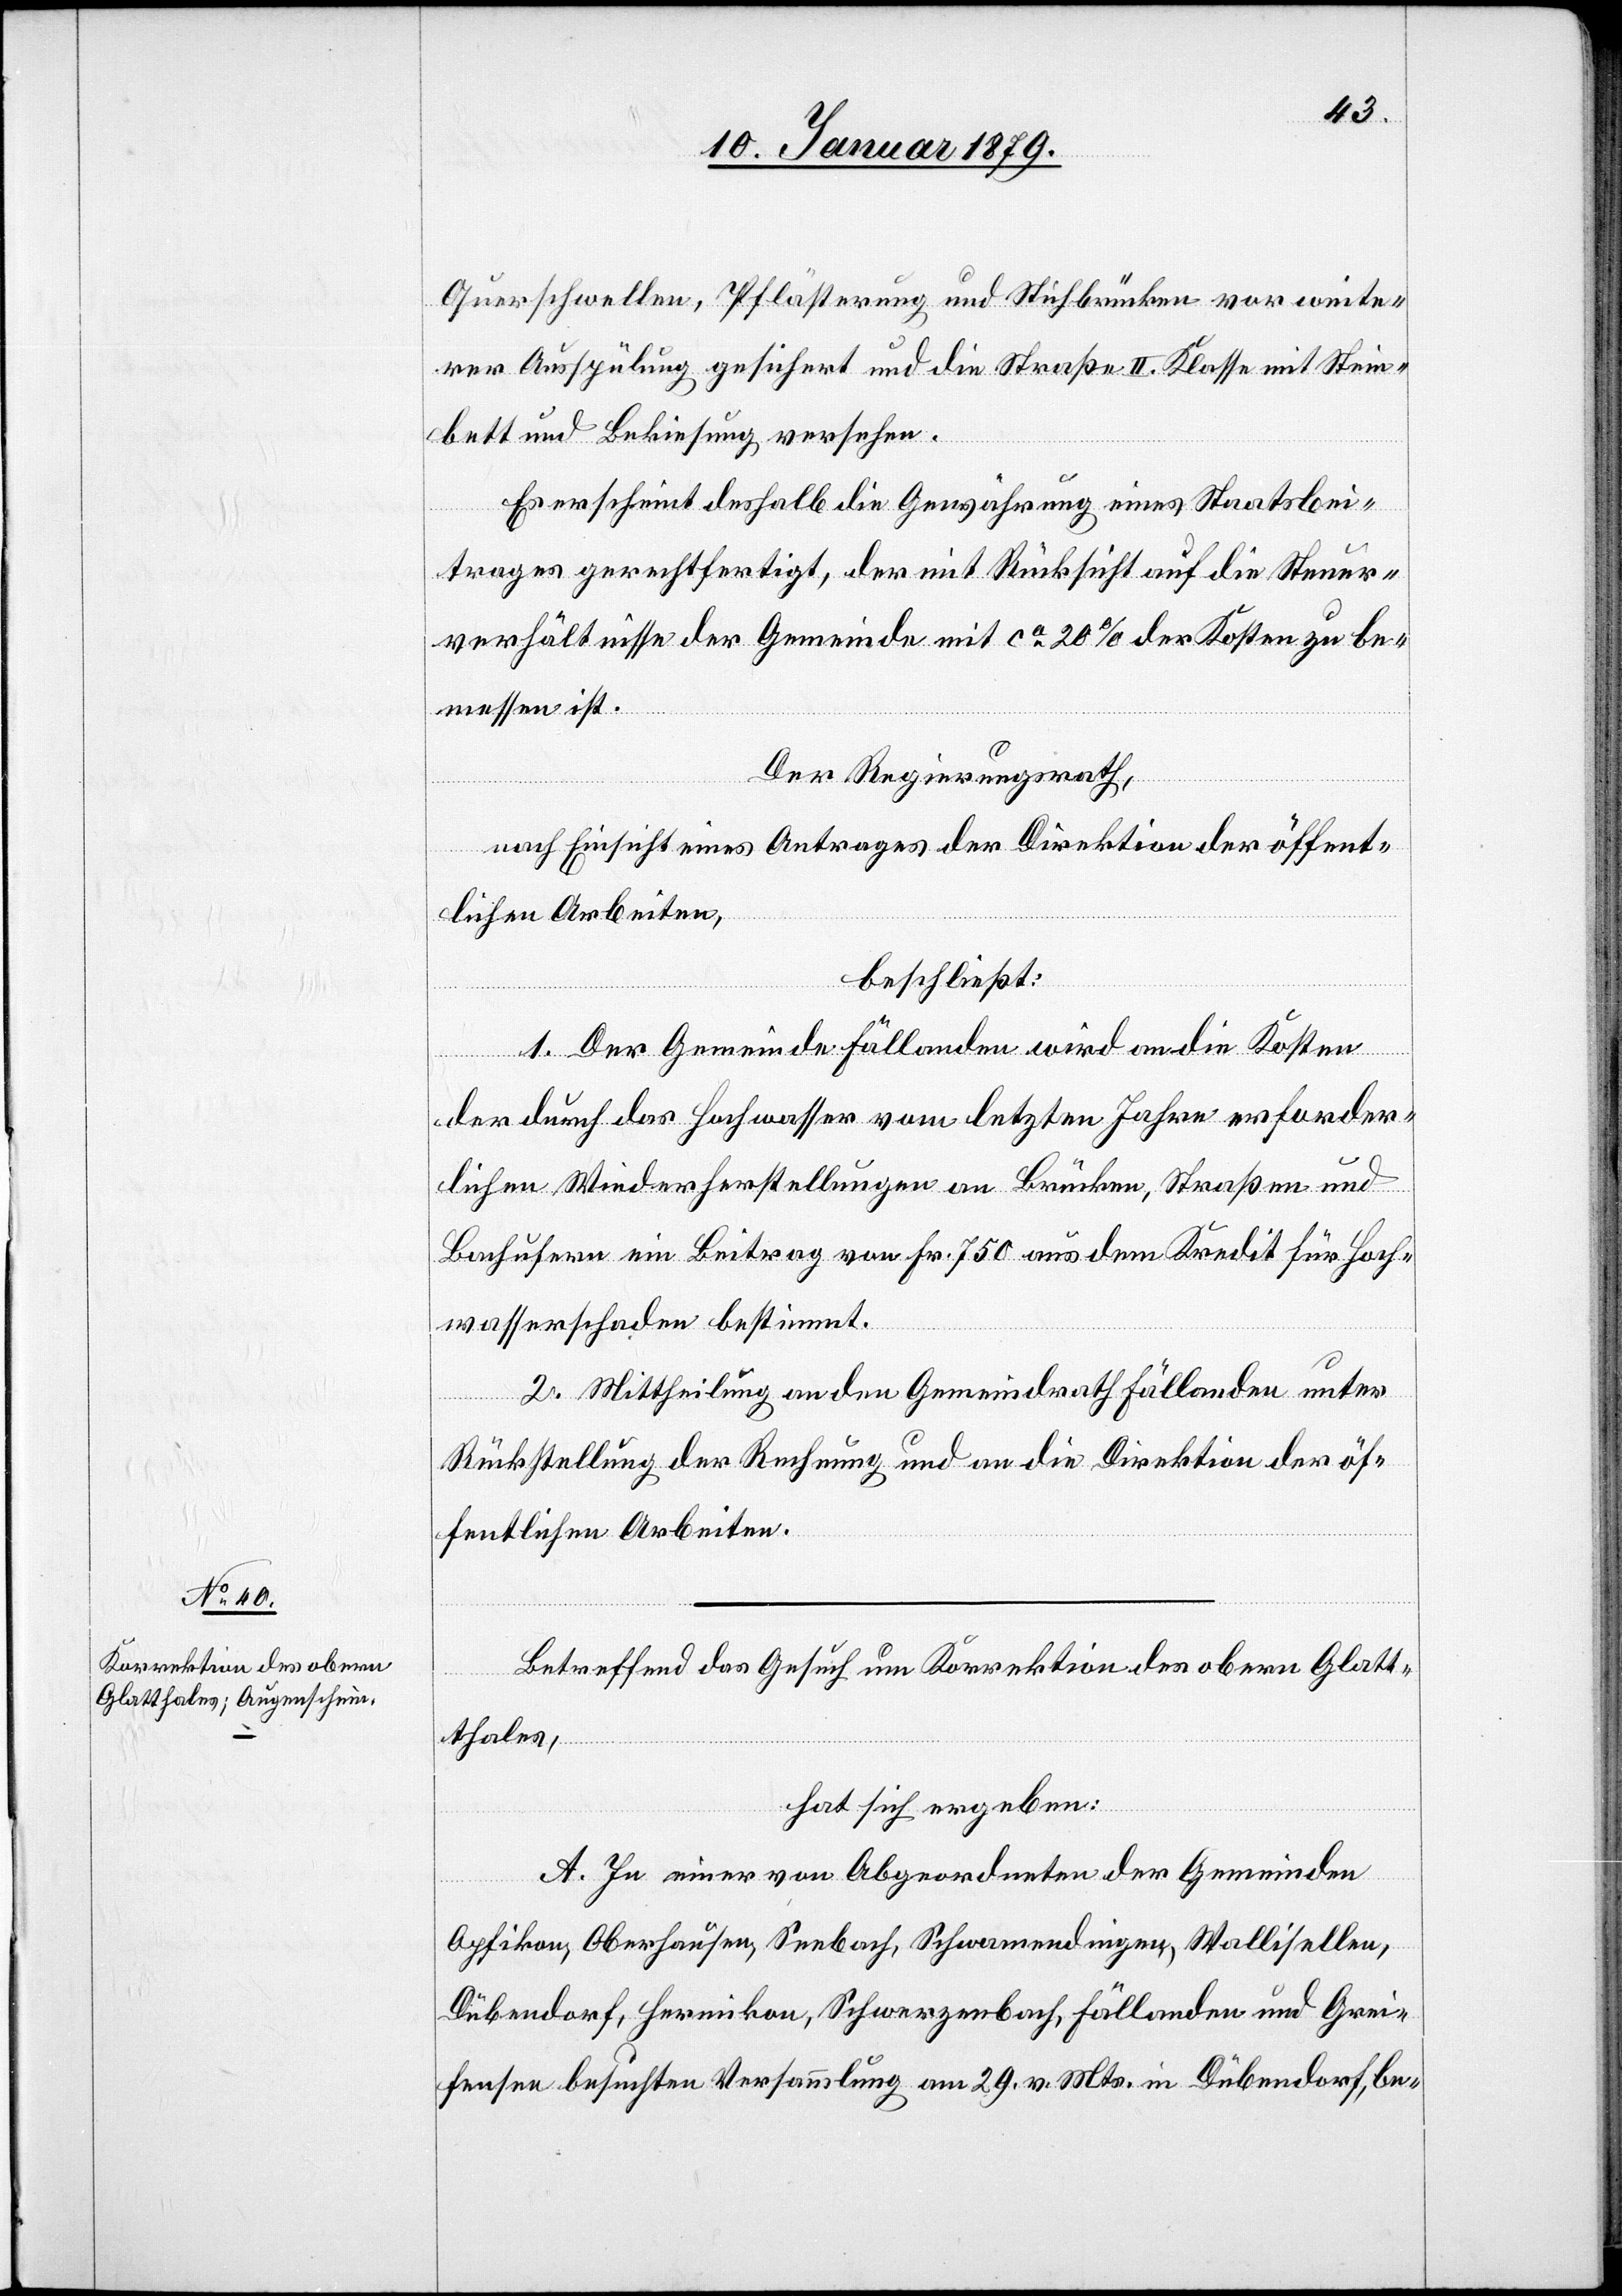
Querschwellen, Pflästerung und Stichbrücken vor weite¬
rer Ausspülung gesichert und die Straße II. Klasse mit Stein¬
bett und Bekiesung versehen.
Es erscheint deshalb die Gewährung eines Staatsbei¬
trages gerechtfertigt, der mit Rücksicht auf die Steuer¬
verhältnisse der Gemeinde mit ca 20% der Kosten zu be¬
messen ist.
Der Regierungsrath,
nach Einsicht eines Antrages der Direktion der öffent¬
lichen Arbeiten,
beschließt:
1. Der Gemeinde Fällanden wird an die Kosten
der durch das Hochwasser vom letzten Jahre erforder¬
lichen Wiederherstellungen an Brücken, Straßen und
Bachufern ein Beitrag von Fr. 750 aus dem Kredit für Hoch¬
wasserschaden bestimmt.
2. Mittheilung an den Gemeindrath Fällanden unter
Rückstellung der Rechnung und an die Direktion der öf¬
fentlichen Arbeiten.
Betreffend das Gesuch um Korrektion des obern Glatt¬
thales
hat sich ergeben:
A. In einer von Abgeordneten der Gemeinden
Opfikon, Oberhausen, Seebach, Schwamendingen, Wallisellen,
Dübendorf, Hermikon, Schwerzenbach, Fällanden und Grei¬
fensee besuchten Versammlung am 29. v. Mts. in Dübendorf, be-